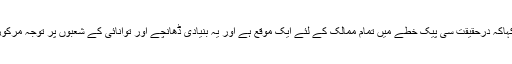
انہوں نے کہاکہ درحقیقت سی پیک خطے میں تمام ممالک کے لئے ایک موقع ہے اور یہ بنیادی ڈھانچے اور توانائی کے شعبوں پر توجہ مرکوز کرتا ہے۔